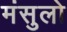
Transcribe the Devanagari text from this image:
मंसुलो